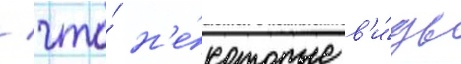
/ что́ н'е́которые в'и́ды